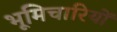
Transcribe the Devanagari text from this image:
भूमिचारियों